65_HS1-834228961_62-HQ-83894_Section_8
Agency: FBI
Page 72
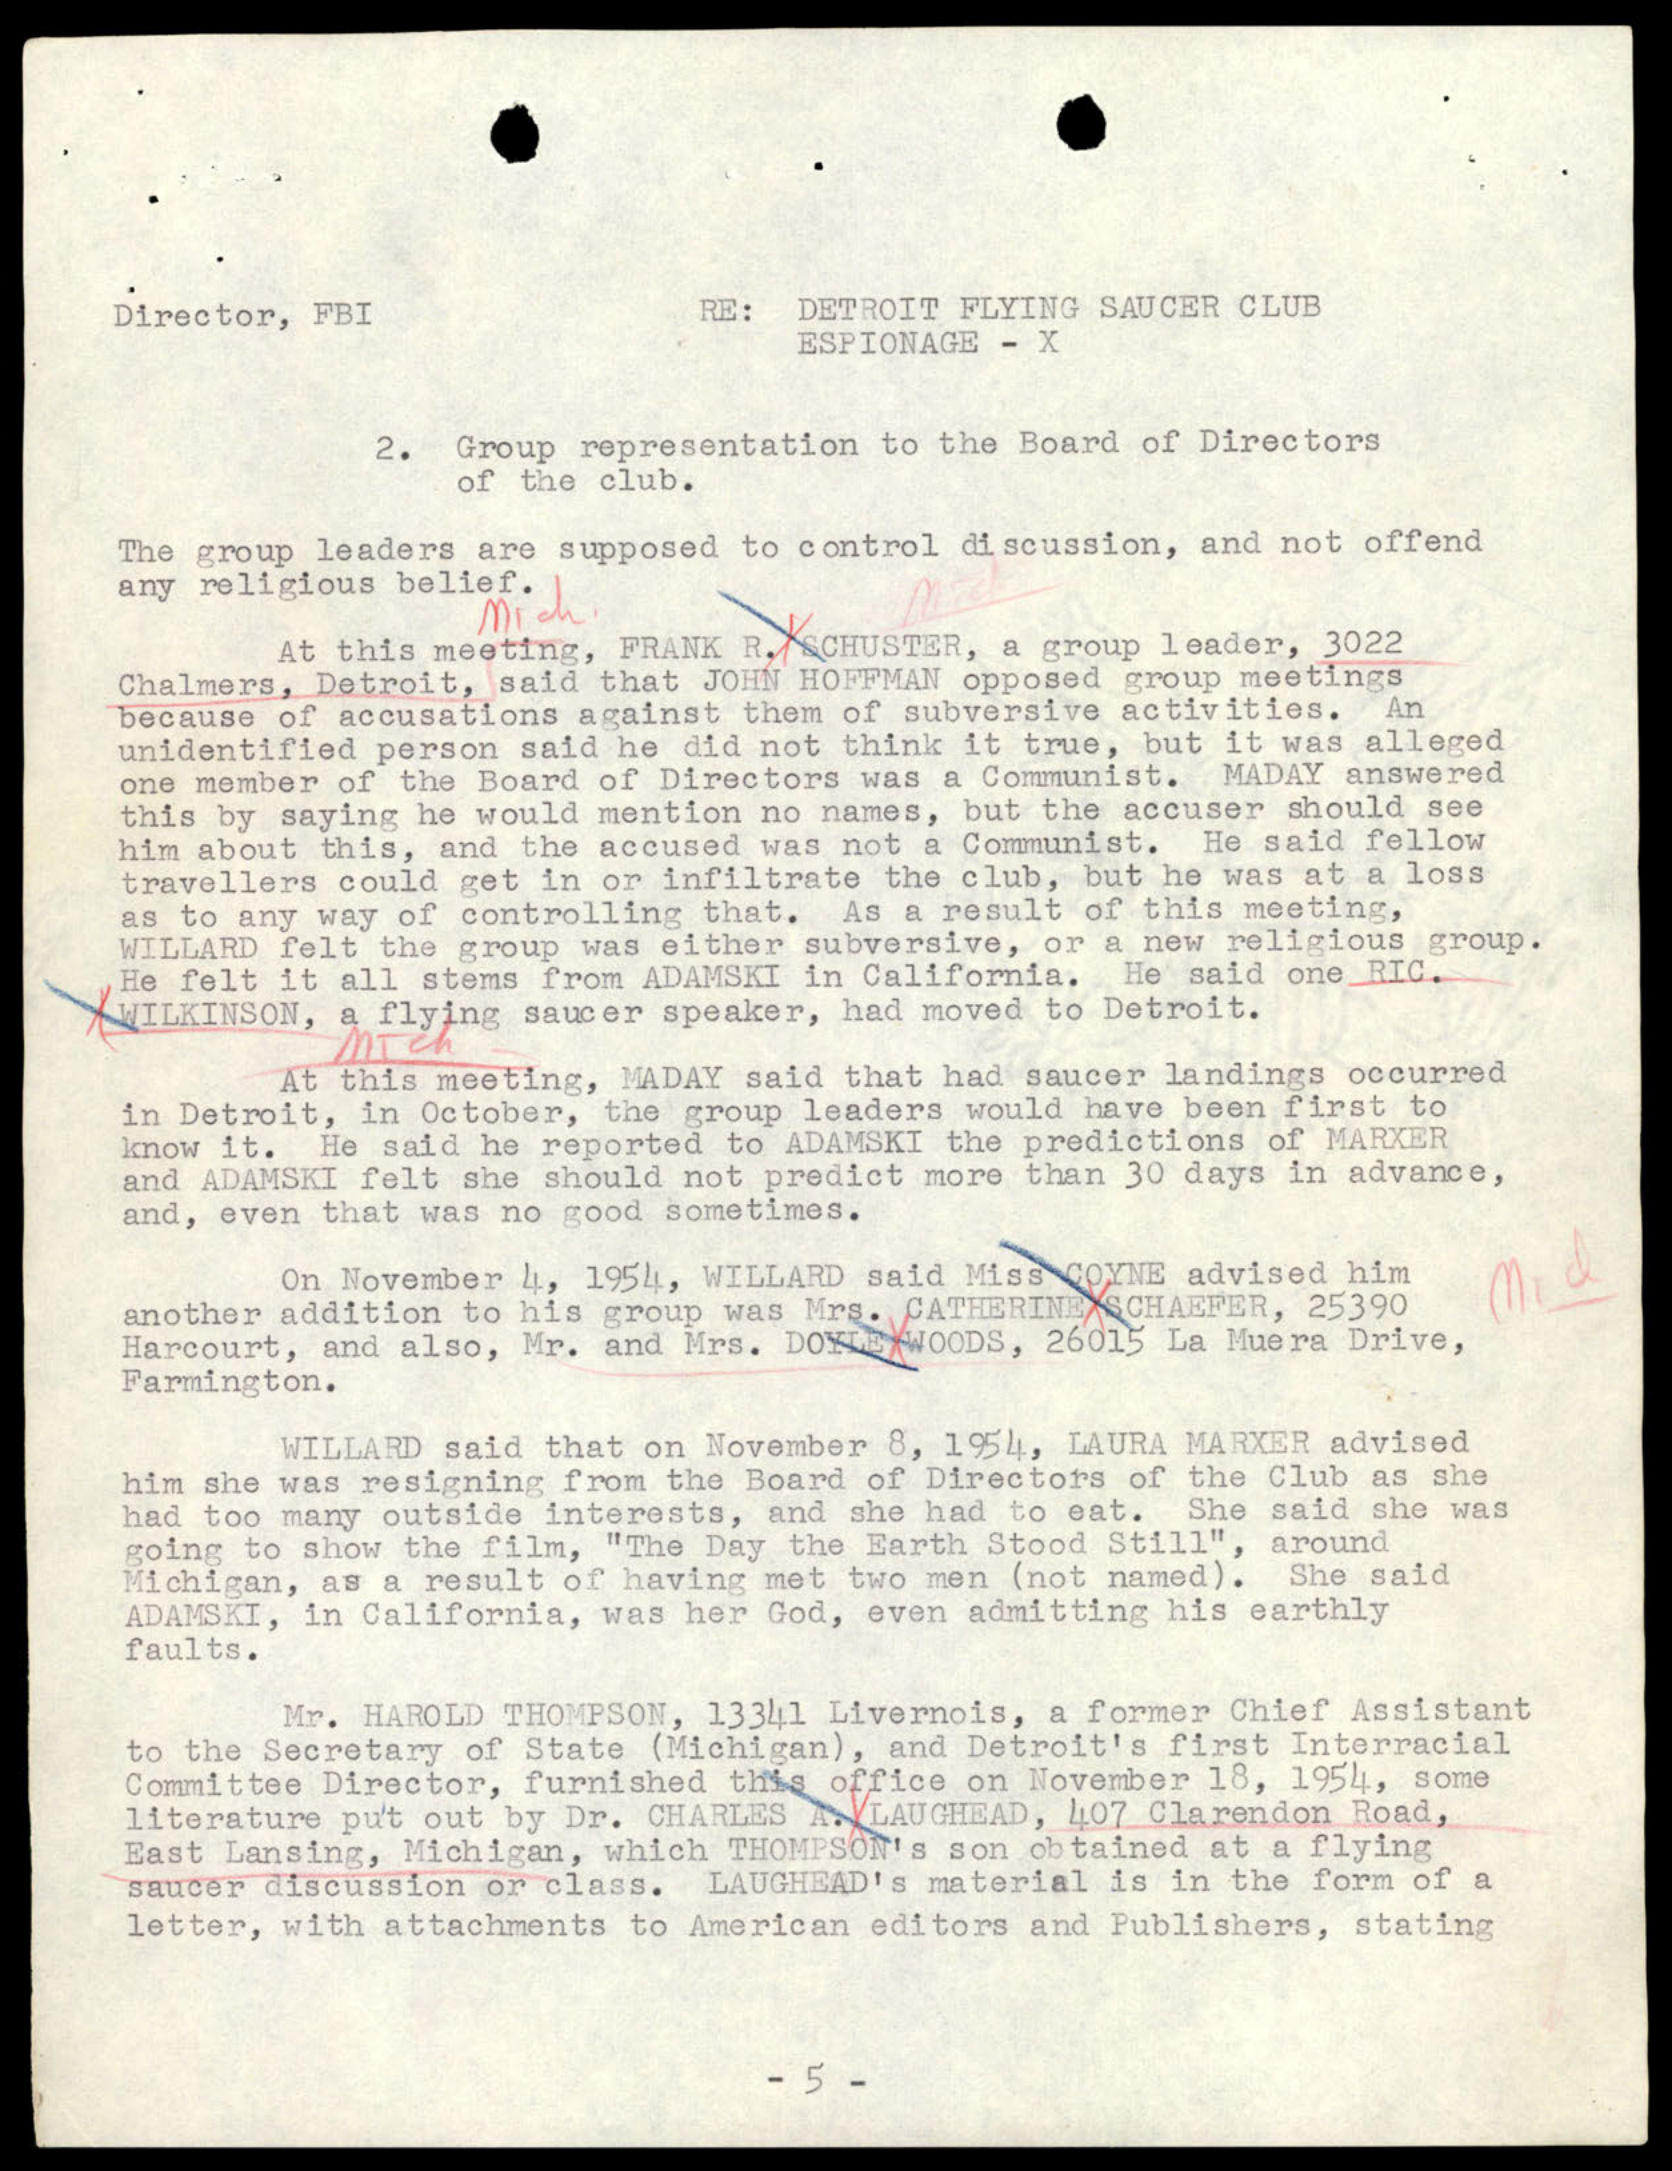